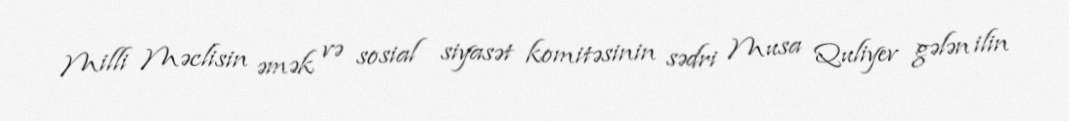
Milli Məclisin əmək və sosial siyasət komitəsinin sədri Musa Quliyev gələn ilin